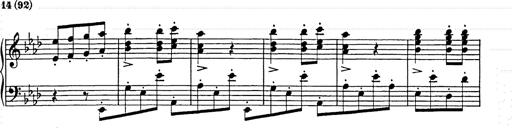
Title: Hungarian Rhapsody No.9
Composer: Franz Liszt
Key: E-flat major